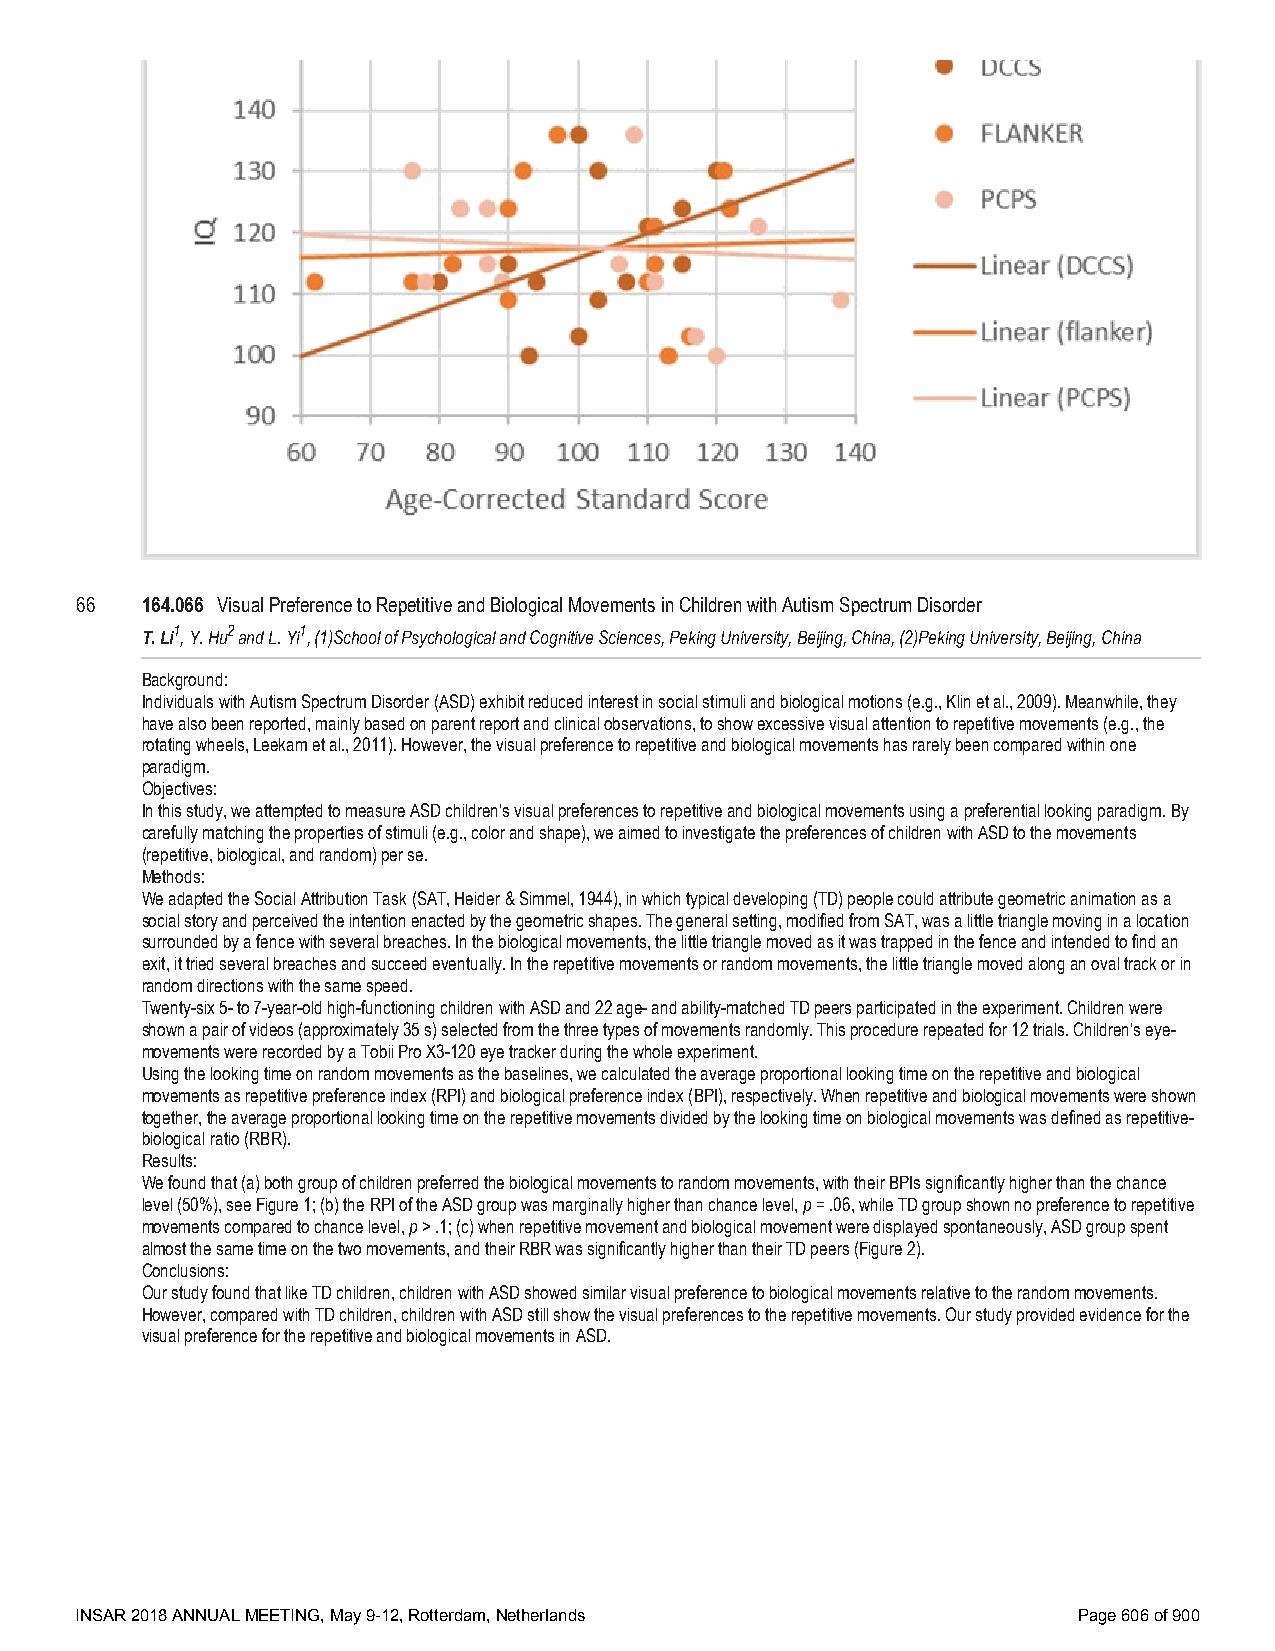
66  164.066 Visual Preference to Repetitive and Biological Movements in Children with Autism Spectrum Disorder
 T. Li1, Y. Hu2 and L. Yi1, (1)School of Psychological and Cognitive Sciences, Peking University, Beijing, China, (2)Peking University, Beijing, China
 Background:
 Individuals with Autism Spectrum Disorder (ASD) exhibit reduced interest in social stimuli and biological motions (e.g., Klin et al., 2009). Meanwhile, they
 have also been reported, mainly based on parent report and clinical observations, to show excessive visual attention to repetitive movements (e.g., the
 rotating wheels, Leekam et al., 2011). However, the visual preference to repetitive and biological movements has rarely been compared within one
 paradigm.
 Objectives:
 In this study, we attempted to measure ASD children’s visual preferences to repetitive and biological movements using a preferential looking paradigm. By
 carefully matching the properties of stimuli (e.g., color and shape), we aimed to investigate the preferences of children with ASD to the movements
 (repetitive, biological, and random) per se.
 Methods:
 We adapted the Social Attribution Task (SAT, Heider & Simmel, 1944), in which typical developing (TD) people could attribute geometric animation as a
 social story and perceived the intention enacted by the geometric shapes. The general setting, modified from SAT, was a little triangle moving in a location
 surrounded by a fence with several breaches. In the biological movements, the little triangle moved as it was trapped in the fence and intended to find an
 exit, it tried several breaches and succeed eventually. In the repetitive movements or random movements, the little triangle moved along an oval track or in
 random directions with the same speed.
 Twenty-six 5- to 7-year-old high-functioning children with ASD and 22 age- and ability-matched TD peers participated in the experiment. Children were
 shown a pair of videos (approximately 35 s) selected from the three types of movements randomly. This procedure repeated for 12 trials. Children’s eye-
 movements were recorded by a Tobii Pro X3-120 eye tracker during the whole experiment.
 Using the looking time on random movements as the baselines, we calculated the average proportional looking time on the repetitive and biological
 movements as repetitive preference index (RPI) and biological preference index (BPI), respectively. When repetitive and biological movements were shown
 together, the average proportional looking time on the repetitive movements divided by the looking time on biological movements was defined as repetitive-
 biological ratio (RBR).
 Results:
 We found that (a) both group of children preferred the biological movements to random movements, with their BPIs significantly higher than the chance
 level (50%), see Figure 1; (b) the RPI of the ASD group was marginally higher than chance level, p = .06, while TD group shown no preference to repetitive
 movements compared to chance level, p > .1; (c) when repetitive movement and biological movement were displayed spontaneously, ASD group spent
 almost the same time on the two movements, and their RBR was significantly higher than their TD peers (Figure 2).
 Conclusions:
 Our study found that like TD children, children with ASD showed similar visual preference to biological movements relative to the random movements.
 However, compared with TD children, children with ASD still show the visual preferences to the repetitive movements. Our study provided evidence for the
 visual preference for the repetitive and biological movements in ASD.
 INSAR 2018 ANNUAL MEETING, May 9-12, Rotterdam, Netherlands       Page 606 of 900